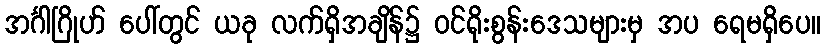
အင်္ဂါဂြိုဟ် ပေါ်တွင် ယခု လက်ရှိအချိန်၌ ဝင်ရိုးစွန်းဒေသများမှ အပ ရေမရှိပေ။